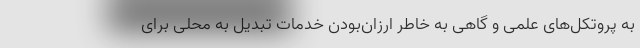
به پروتکل‌های علمی و گاهی به خاطر ارزان‌بودن خدمات تبدیل به محلی برای